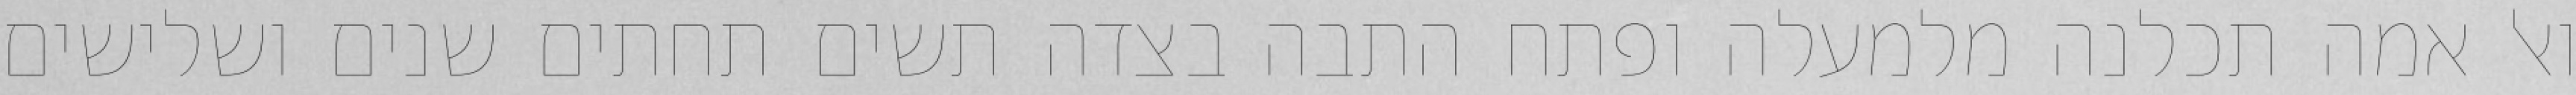
ואל אמה תכלנה מלמעלה ופתח התבה בצדה תשים תחתים שנים ושלישים